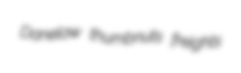
Danelaw thumbnuts freights